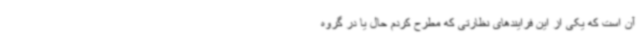
آن است که یکی از این فرایندهای نظارتی که مطرح کردم حال یا در گروه